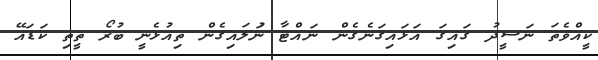
ކީއްވެތަ ނަސީދު ގައިގަ އަޅައިގަނެގެން ނައްޓާ ނުަލައިގެން ތިއުޅެނީ ބުރޯ ތީތި ކަޑައޭ